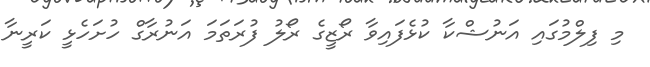
މި ފިލްމުގައި އަނުޝްކާ ކުޅެފައިވާ ރޯޒީގެ ރޯލު ފުރަތަމަ އަނުރާގް ހުށަހެޅީ ކަރީނާ